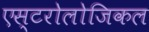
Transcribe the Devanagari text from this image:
एस्टरोलोजिकल